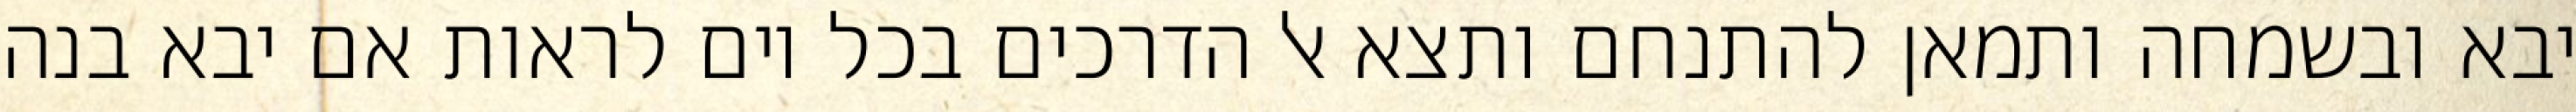
יבא ובשמחה ותמאן להתנחם ותצא אל הדרכים בכל יום לראות אם יבא בנה